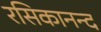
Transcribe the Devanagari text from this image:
रसिकानन्द